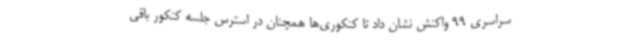
سراسری 99 واکنش نشان داد تا کنکوری‌ها همچنان در استرس جلسه کنکور باقی